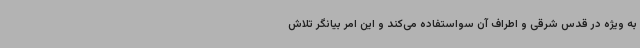
به ویژه در قدس شرقی و اطراف آن سواستفاده می‌کند و این امر بیانگر تلاش